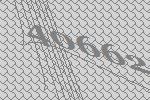
40662